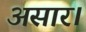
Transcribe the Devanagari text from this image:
असार।